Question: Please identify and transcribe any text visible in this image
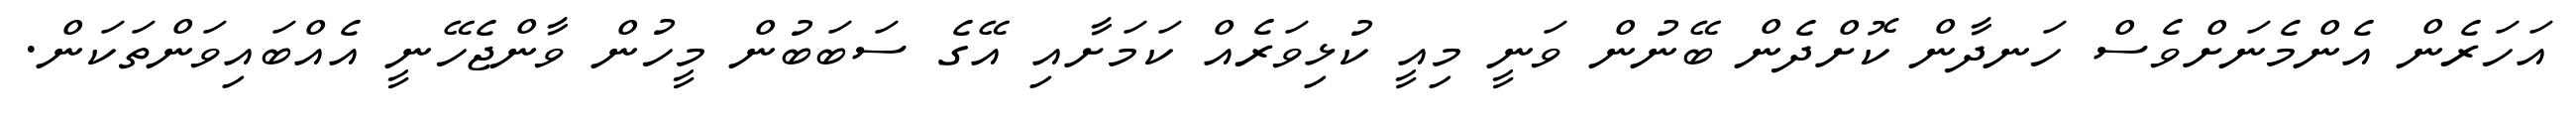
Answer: އަހަރެން އެންމެނަށްވެސް ހަނދާން ކޮށްދެން ބޭނުން ވަނީ މިއީ ކުޅިވަރެއް ކަމަށާއި އޭގެ ސަބަބުން މީހުން ވާންޖެހޭނީ އެއްބައިވަންތަކަން.